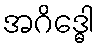
အဂိဒ္ဓေါ